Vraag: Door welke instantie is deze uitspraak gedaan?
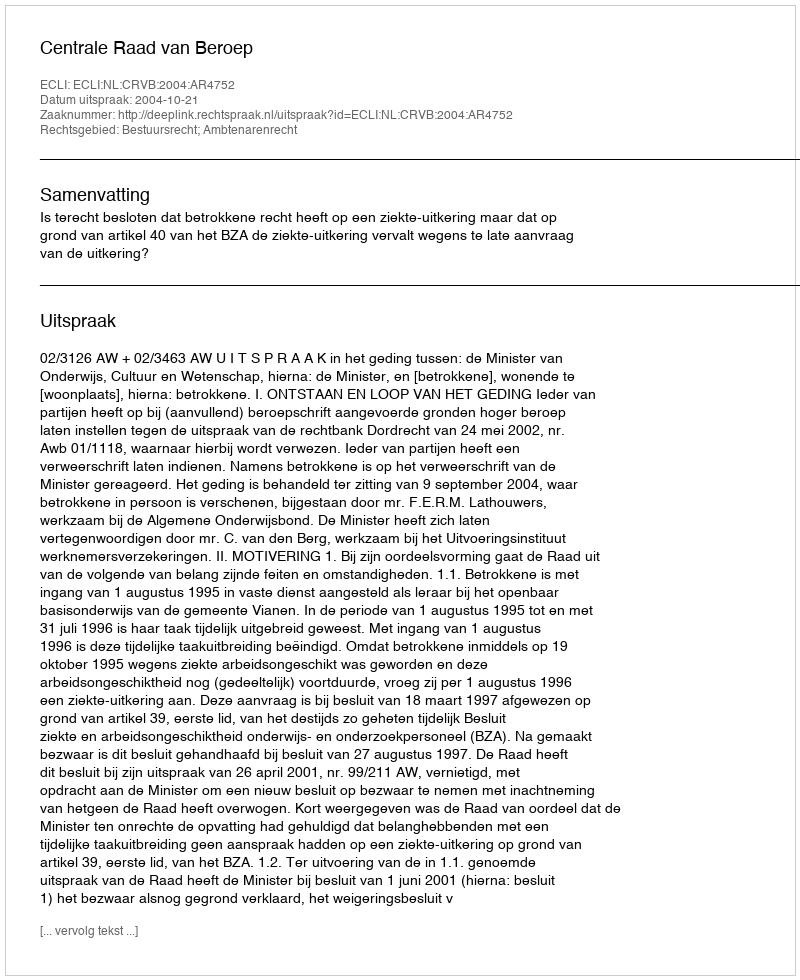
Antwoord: Centrale Raad van Beroep